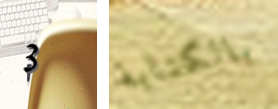
3 بالكتابة